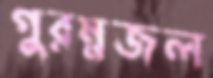
গুরম্নজল